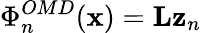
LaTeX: \Phi_{n}^{OMD}(\textbf{x})=\textbf{L}\textbf{z}_{n}